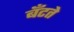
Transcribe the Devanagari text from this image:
बँटते